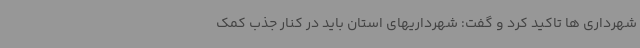
شهرداری ها تاکید کرد و گفت: شهرداریهای استان باید در کنار جذب کمک